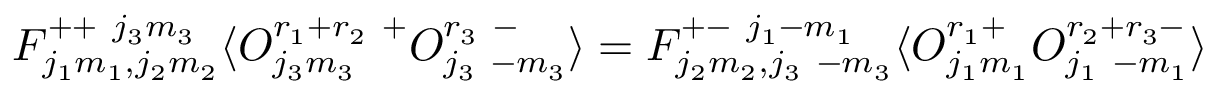
F _ { j _ { 1 } m _ { 1 } , j _ { 2 } m _ { 2 } } ^ { + + ~ j _ { 3 } m _ { 3 } } \langle { \cal O } _ { j _ { 3 } m _ { 3 } } ^ { r _ { 1 } + r _ { 2 } ~ + } { \cal O } _ { j _ { 3 } ~ { - m _ { 3 } } } ^ { r _ { 3 } ~ - } \rangle = F _ { j _ { 2 } m _ { 2 } , j _ { 3 } ~ { - m _ { 3 } } } ^ { + - ~ j _ { 1 } { - m _ { 1 } } } \langle { \cal O } _ { j _ { 1 } m _ { 1 } } ^ { r _ { 1 } + } { \cal O } _ { j _ { 1 } ~ { - m _ { 1 } } } ^ { r _ { 2 } + r _ { 3 } - } \rangle \nonumber